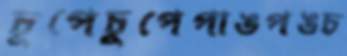
চুপেচুপেপাঙপঙচ